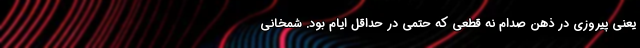
یعنی پیروزی در ذهن صدام نه قطعی که حتمی در حداقل ایام بود. شمخانی